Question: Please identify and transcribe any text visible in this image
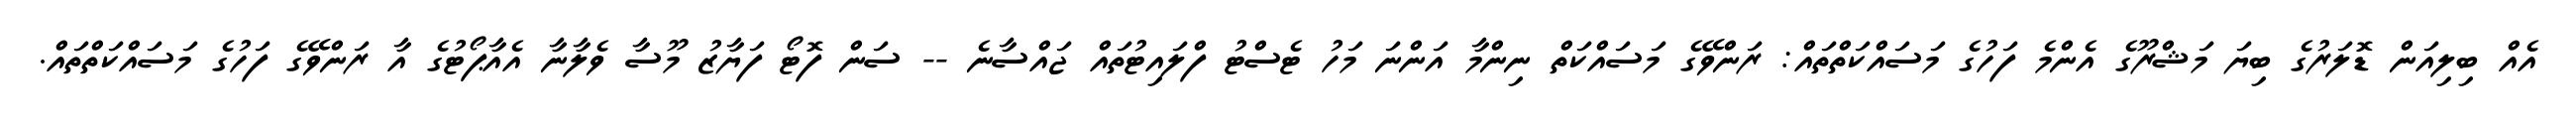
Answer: އެއް ބިލިއަން ޑޮލަރުގެ ބިޔަ މަޝްރޫގެ އެންމެ ފަހުގެ މަސައްކަތްތައް: ރަންވޭގެ މަސައްކަތް ނިންމާ އަންނަ މަހު ޓެސްޓު ފްލައިޓުތައް ޖައްސާނެ -- ސަން ފޮޓޯ ފަޔާޒު މޫސާ ވެލާނާ އެއާޕޯޓުގެ އާ ރަންވޭގެ ފަހުގެ މަސައްކަތްތައް.